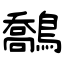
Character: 鷮